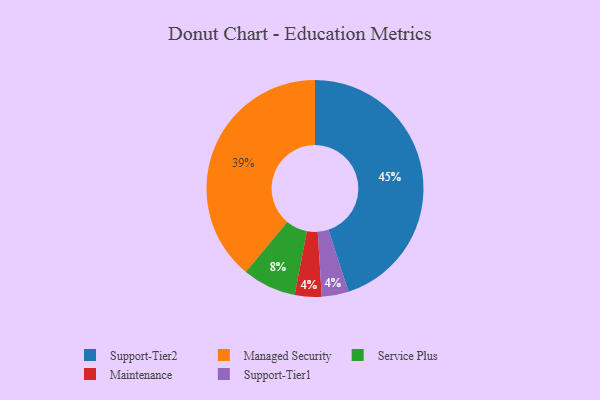
{"axis": {"x": "Category", "y": "Percentage"}, "legend": ["Maintenance", "Managed Security", "Service Plus", "Support-Tier1", "Support-Tier2"], "data": [{"x": "Managed Security", "y": 39, "type": "Managed Security"}, {"x": "Support-Tier2", "y": 45, "type": "Support-Tier2"}, {"x": "Maintenance", "y": 4, "type": "Maintenance"}, {"x": "Support-Tier1", "y": 4, "type": "Support-Tier1"}, {"x": "Service Plus", "y": 8, "type": "Service Plus"}]}